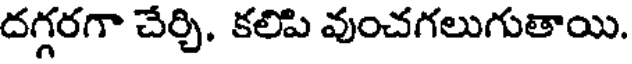
దగ్గరగా చేర్చి. కలిపి వుంచగలుగుతాయి.